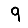
Digit: 9